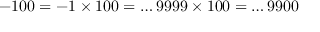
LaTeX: - 1 0 0 = - 1 \times 1 0 0 = \dots 9 9 9 9 \times 1 0 0 = \dots 9 9 0 0